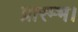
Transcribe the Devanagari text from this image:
प्रारम्‍भ।